Civil Veterinary Department. Madras. Admin. report 1926-33 - 1926-1933
Year: 1926
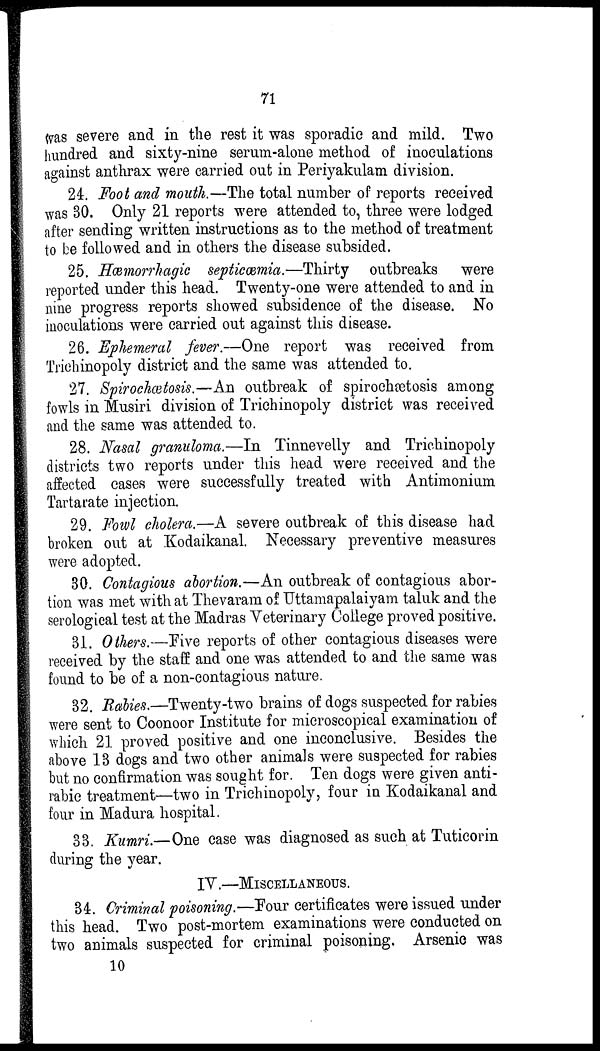
71
was severe and in the rest it was sporadic and mild. Two
hundred and sixty-nine serum-alone method of inoculations
against anthrax were carried out in Periyakulam division.
24. Foot and mouth.—The total number of reports received
was 30. Only 21 reports were attended to, three were lodged
after sending written instructions as to the method of treatment
to be followed and in others the disease subsided.
25. Hæmorrhagic septicæmia.—Thirty outbreaks were
reported under this head. Twenty-one were attended to and in
nine progress reports showed subsidence of the disease. No
inoculations were carried out against this disease.
26. Ephemeral fever.—One report was received from
Trichinopoly district and the same was attended to.
27. Spirochetosis.—An outbreak of spirochætosis among
fowls in Musiri division of Trichinopoly district was received
and the same was attended to.
28. Nasal granuloma.—In Tinnevelly and Trichinopoly
districts two reports under this head were received and the
affected cases were successfully treated with Antimonium
Tartarate injection.
29. Fowl cholera.—A severe outbreak of this disease had
broken out at Kodaikanal. Necessary preventive measures
were adopted.
30. Contagious abortion.—An outbreak of contagious abor-
tion was met with at Thevaram of Uttamapalaiyam taluk and the
serological test at the Madras Veterinary College proved positive.
31. Others.—Five reports of other contagious diseases were
received by the staff and one was attended to and the same was
found to be of a non-contagious nature.
32. Rabies.—Twenty-two brains of dogs suspected for rabies
were sent to Coonoor Institute for microscopical examination of
which 21 proved positive and one inconclusive. Besides the
above 13 dogs and two other animals were suspected for rabies
but no confirmation was sought for. Ten dogs were given anti-
rabic treatment—two in Trichinopoly, four in Kodaikanal and
four in Madura hospital.
33. Kumri.—One case was diagnosed as such at Tuticorin
during the year.
IV.—MISCELLANEOUS.
34. Criminal poisoning.—Four certificates were issued under
this head. Two post-mortem examinations were conducted on
two animals suspected for criminal poisoning. Arsenic was
10